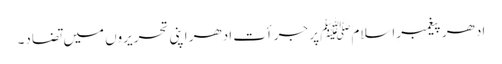
ادھر پیغمبرِاسلامﷺ پر جرأت ادھر اپنی تحریروں میں تضاد۔